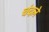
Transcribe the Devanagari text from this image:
चंदले